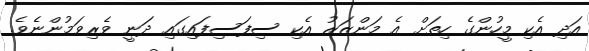
އަދި އެކި މީހުންގެ ހިތަށް އެ މަންޒަރު އެކި ސިފަސިފައިގައި ދަނީ ވެރިވަމުންނެވެ.